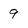
Character: 9